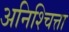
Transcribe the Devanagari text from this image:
अनिश्चित्ता